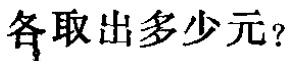
各取出多少元？